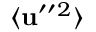
\langle { { \bf { u } } ^ { \prime \prime } { } ^ { 2 } } \rangle